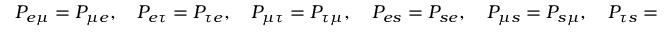
P _ { e \mu } = P _ { \mu e } , \quad P _ { e \tau } = P _ { \tau e } , \quad P _ { \mu \tau } = P _ { \tau \mu } , \quad P _ { e s } = P _ { s e } , \quad P _ { \mu s } = P _ { s \mu } , \quad P _ { \tau s } = P _ { s \tau } .